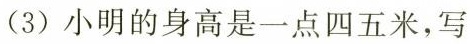
(3)小明的身高是一点四五米，写